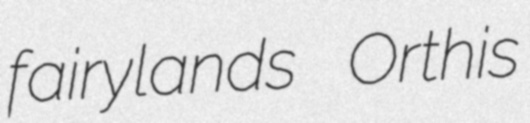
fairylands Orthis